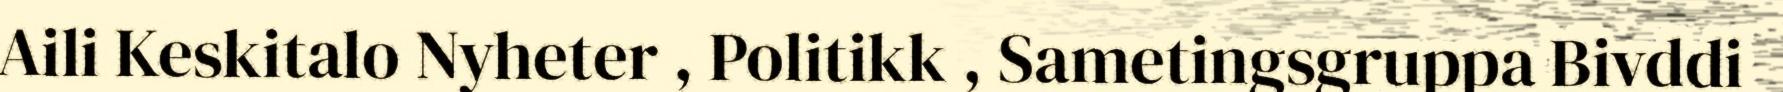
Aili Keskitalo Nyheter , Politikk , Sametingsgruppa Bivddi